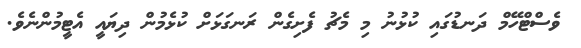
ވެސްޓްހޭމް ދަނޑުގައި ކުޅުނު މި މެޗު ފެށިގެން ރަނގަޅަށް ކުޅެމުން ދިޔައީ އެޓީމުންނެވެ.